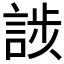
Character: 𮘘